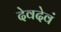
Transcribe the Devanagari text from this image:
देवदेवं